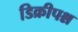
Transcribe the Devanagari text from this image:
डिक्रीपश्न